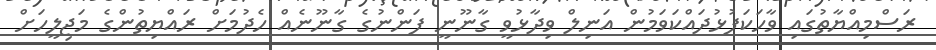
ރަސްމިއްޔާތުގައި ވާހަކަފުޅުދައްކަވަމުން އަނިލް ވިދާޅުވީ ގާނޫނީ ފަންނުގެ ގާނޫނެއް ހެދުމަށް ރައްޔިތުންގެ މަޖިލީހަށް